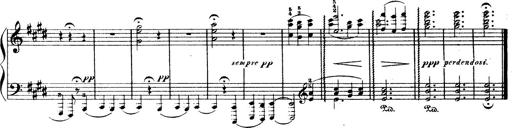
Title: Wagner-Liszt Album
Composer: Franz Liszt